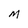
Character: M